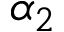
\alpha _ { 2 }